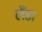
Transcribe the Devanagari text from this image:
लैंडा